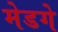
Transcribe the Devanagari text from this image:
मेडगे